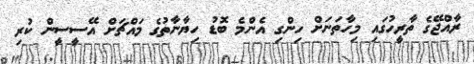
ރާއްޖޭގެ ތާރީހުގައި މިހާތަނަށް ހިންގި އެންމެ ބޮޑު ހިޔާނާތުގެ މައްޗަށް އޭސީސީން ކުރި